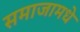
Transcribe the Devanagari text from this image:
समाजामधे